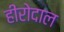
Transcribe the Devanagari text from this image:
हीरोदाल